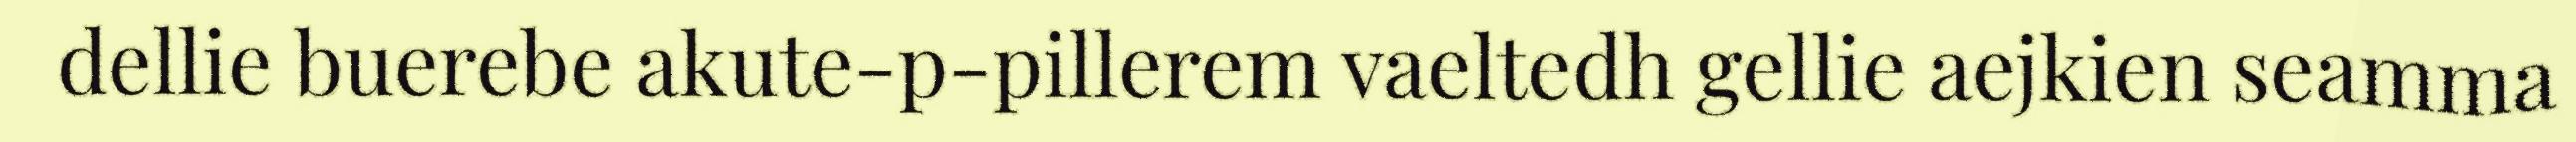
dellie buerebe akute-p-pillerem vaeltedh gellie aejkien seamma